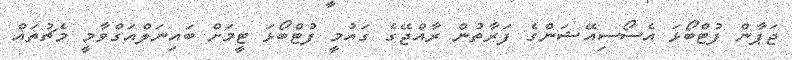
ޖަޕާން ފުޓްބޯޅަ އެސޯސިއޭޝަންގެ ފަރާތުން ރާއްޖޭގެ ގައުމީ ފުޓްބޯޅަ ޓީމަށް ބައިނަލްއަގްވާމީ މެޗުތައް